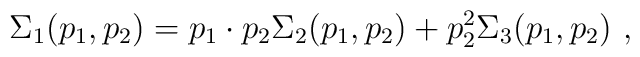
\Sigma_1 (p_1,p_2) = p_1\cdot p_2 \Sigma_2 (p_1,p_2) +  p_{2 }^ 2\Sigma_3(p_1,p_2) \ ,